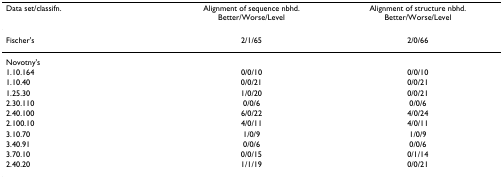
<table><thead><tr><td><b>Data set/classifn.</b></td><td><b>Alignment of sequence nbhd.Better/Worse/Level</b></td><td><b>Alignment of structure nbhd.Better/Worse/Level</b></td></tr></thead><tbody><tr><td>Fischer&#x27;s</td><td>2/1/65</td><td>2/0/66</td></tr><tr><td>Novotny&#x27;s</td><td></td><td></td></tr><tr><td>1.10.164</td><td>0/0/10</td><td>0/0/10</td></tr><tr><td>1.10.40</td><td>0/0/21</td><td>0/0/21</td></tr><tr><td>1.25.30</td><td>1/0/20</td><td>0/0/21</td></tr><tr><td>2.30.110</td><td>0/0/6</td><td>0/0/6</td></tr><tr><td>2.40.100</td><td>6/0/22</td><td>4/0/24</td></tr><tr><td>2.100.10</td><td>4/0/11</td><td>4/0/11</td></tr><tr><td>3.10.70</td><td>1/0/9</td><td>1/0/9</td></tr><tr><td>3.40.91</td><td>0/0/6</td><td>0/0/6</td></tr><tr><td>3.70.10</td><td>0/0/15</td><td>0/1/14</td></tr><tr><td>2.40.20</td><td>1/1/19</td><td>0/0/21</td></tr></tbody></table>